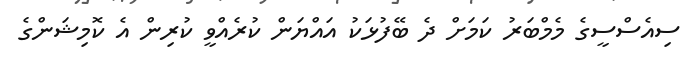
ސިއެސްސީގެ މެމްބަރު ކަމަށް ދެ ބޭފުޅަކު އައްޔަން ކުރެއްވީ ކުރިން އެ ކޮމިޝަންގެ